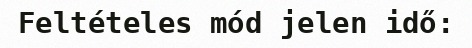
Feltételes mód jelen idő: